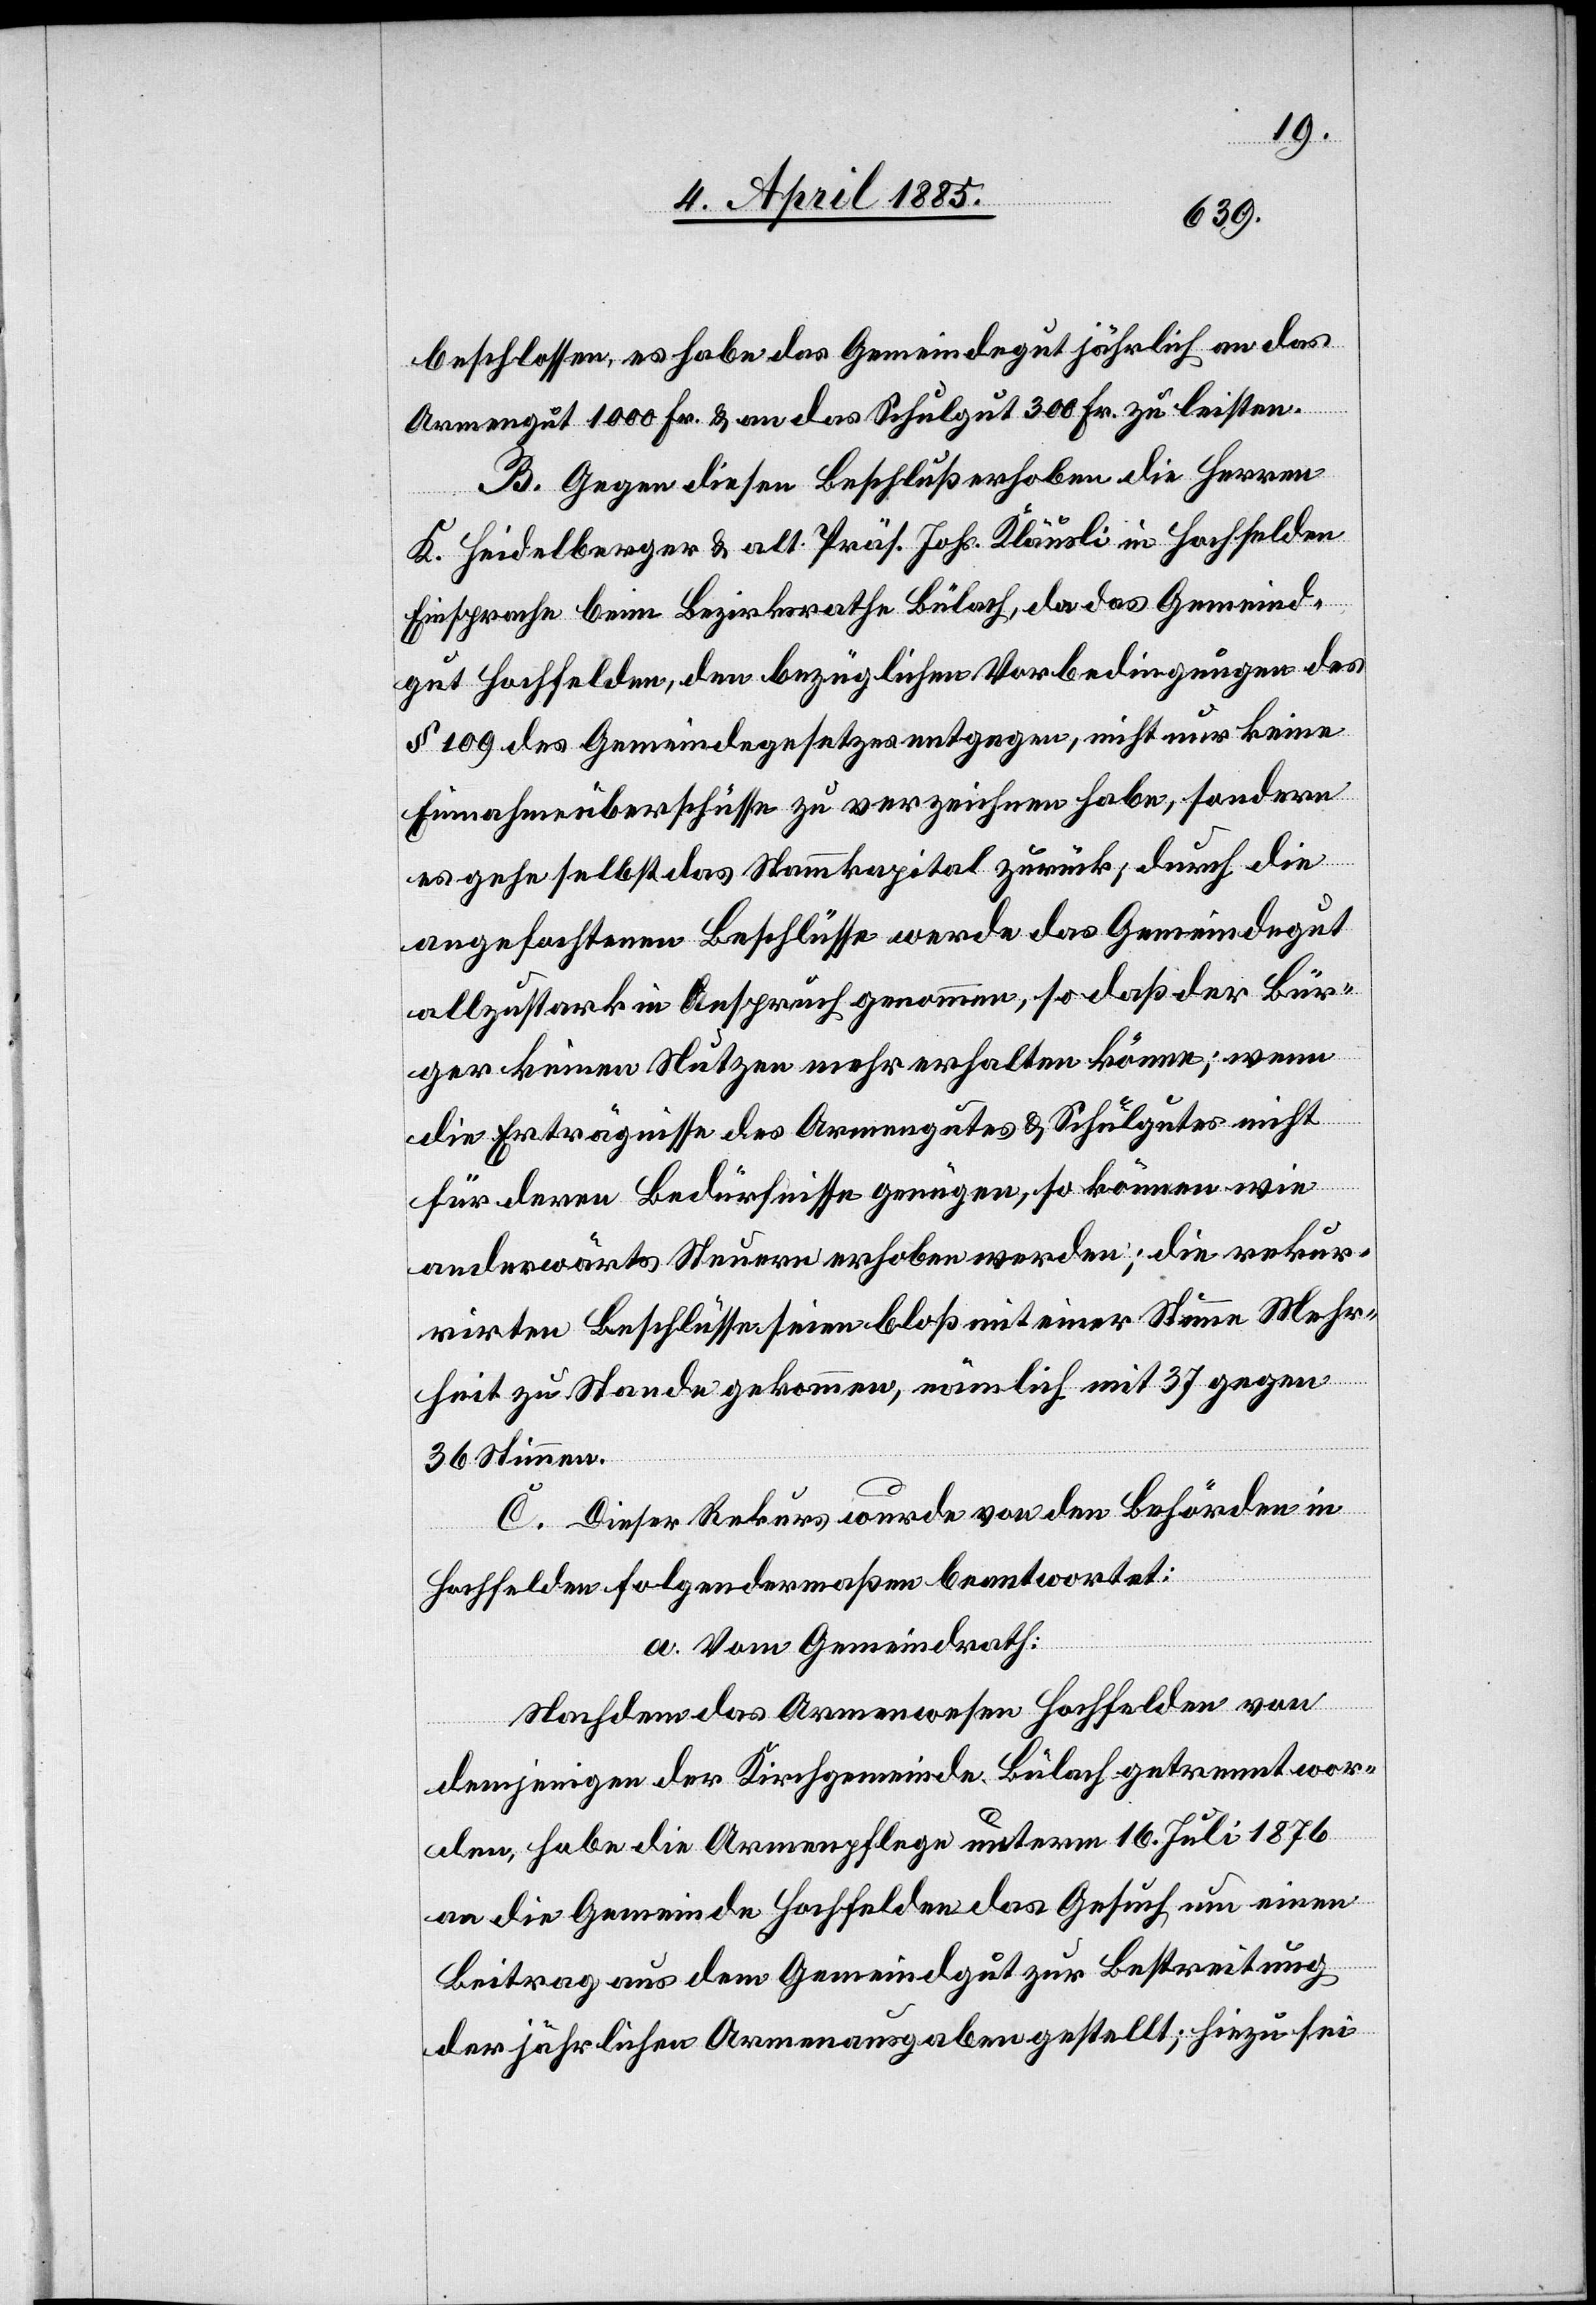
beschlossen, es habe das Gemeindegut jährlich an das
Armengut 1000 Fr. & an das Schulgut 300 Fr. zu leisten.
B. Gegen diesen Beschluß erhoben die Herren
K. Heidelberger & alt Präs. Joh. Kläusli in Hochfelden
Einsprache beim Bezirksrathe Bülach, da das Gemeind¬
gut Hochfelden, den bezüglichen Vorbedingungen des
§ 109 des Gemeindegesetzes entgegen, nicht nur keine
Einnahmeüberschüsse zu verzeichnen habe, sondern
es gehe selbst das Stammkapital zurück; durch die
angefochtenen Beschlüsse werde das Gemeindegut
allzustark in Anspruch genommen, so daß der Bür¬
ger keinen Nutzen mehr erhalten könne; wenn
die Erträgnisse des Armengutes & Schulgutes nicht
für deren Bedürfnisse genügen, so können wie
anderwärts Steuern erhoben werden; die rekur¬
rirten Beschlüsse seien bloß mit einer Stimme Mehr¬
heit zu Stande gekommen, nämlich mit 37 gegen
36 Stimmen.
C. Dieser Rekurs wurde von den Behörden in
Hochfelden folgendermaßen beantwortet:
a. Vom Gemeindrath:
Nachdem das Armenwesen Hochfelden von
denjenigen der Kirchgemeinde Bülach getrennt wor¬
den, habe die Armenpflege unterm 16. Juli 1876
an die Gemeinde Hochfelden das Gesuch um einen
Betrag aus dem Gemeindgut zur Bestreitung
der jährlichen Armenausgaben gestellt; hiezu sei